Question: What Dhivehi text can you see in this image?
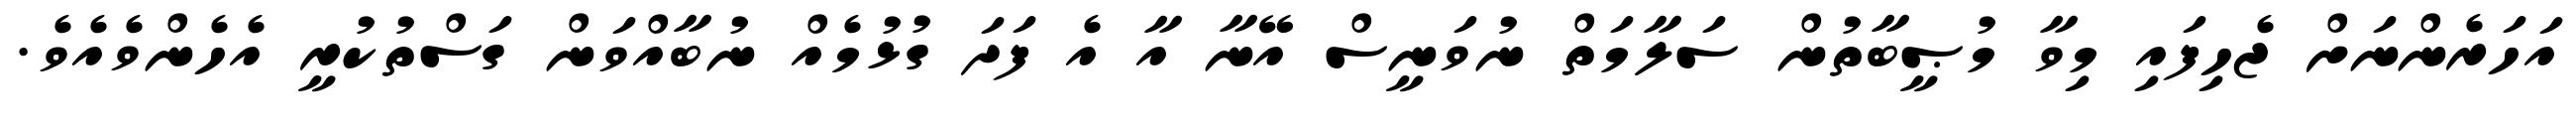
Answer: އަހަރެންނަށް ޖެހިފައި މިވާ މުޞީބާތުން ސަލާމަތް ނުވަނީސް އޭނާ އާ އެ ފަދަ ގުޅުމެއް ނުބާއްވަން ގަސްތުކުރީ އެހެންވެއެވެ.